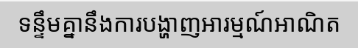
ទន្ទឹមគ្នានឹងការបង្ហាញអារម្មណ៍អាណិត